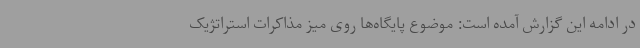
در ادامه این گزارش آمده است: موضوع پایگاه‌ها روی میز مذاکرات استراتژیک